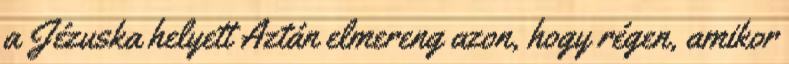
a Jézuska helyett Aztán elmereng azon, hogy régen, amikor